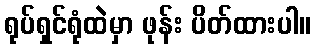
ရုပ်ရှင်ရုံထဲမှာ ဖုန်း ပိတ်ထားပါ။